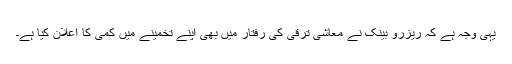
یہی وجہ ہے کہ ریزرو بینک نے معاشی ترقی کی رفتار میں بھی اپنے تخمینے میں کمی کا اعلان کیا ہے۔